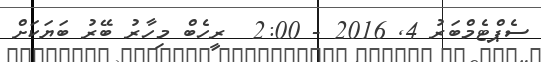
ސެޕްޓެމްބަރު 4